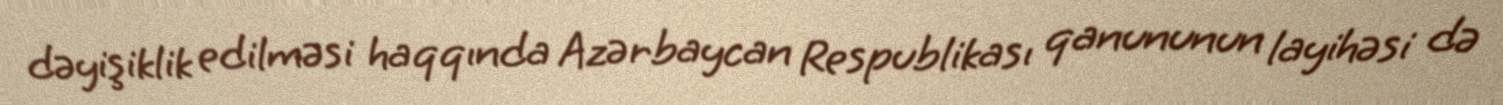
dəyişiklik edilməsi haqqında Azərbaycan Respublikası qanununun layihəsi də